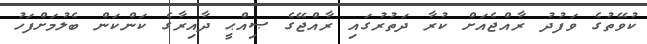
ކުވޭތުގެ ވަފުދު ރާއްޖެއަށް ކުރާ ދަތުރުގައި ރާއްޖޭގެ ޞިއްޙީ ދާއިރާގެ ކަންކަން ބެލުމަށްފަހު